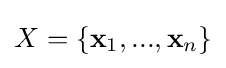
X=\{\mathbf {x} _{1},...,\mathbf {x} _{n}\}